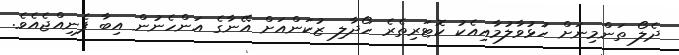
ދެލޯ ތަންމިނަށް ހުޅުވާލުމާއިއެކު ކޮޓަރިތެރެ ހޯދާލި ޒުކަންއަށް އޭނާގެ އަންހެނުން އިބާ ފެނިއްޖެއެވެ.